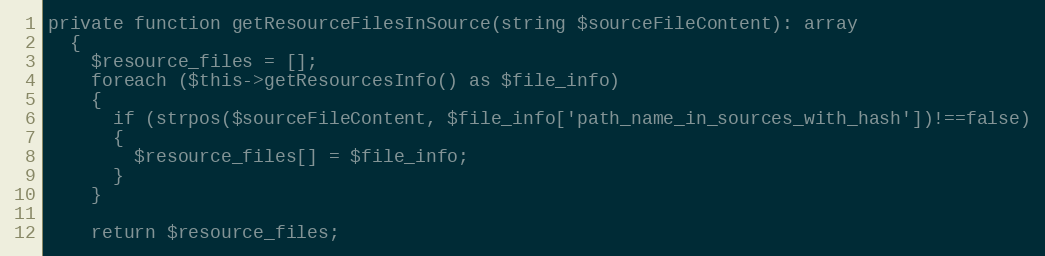
Language: PHP
private function getResourceFilesInSource(string $sourceFileContent): array
  {
    $resource_files = [];
    foreach ($this->getResourcesInfo() as $file_info)
    {
      if (strpos($sourceFileContent, $file_info['path_name_in_sources_with_hash'])!==false)
      {
        $resource_files[] = $file_info;
      }
    }

    return $resource_files;